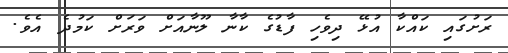
ރަށުގައި ކައްކާ އުޅޭ ދިވެހި ފާޑުގެ ކާނާ ލޫނާއަށް ވަރަށް ކަމުދެ އެވެ.